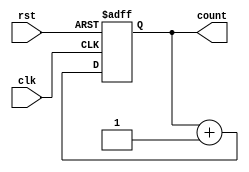
module counter1bit(
    input wire clk,
    input wire rst,
    output reg [0:0] count
);

    always @(posedge clk or posedge rst) begin
        if (rst)
            count <= 1'b0;  // Reset the counter to 0
        else
            count <= count + 1;  // Increment the counter
    end

endmodule